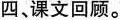
四、课文回顾。